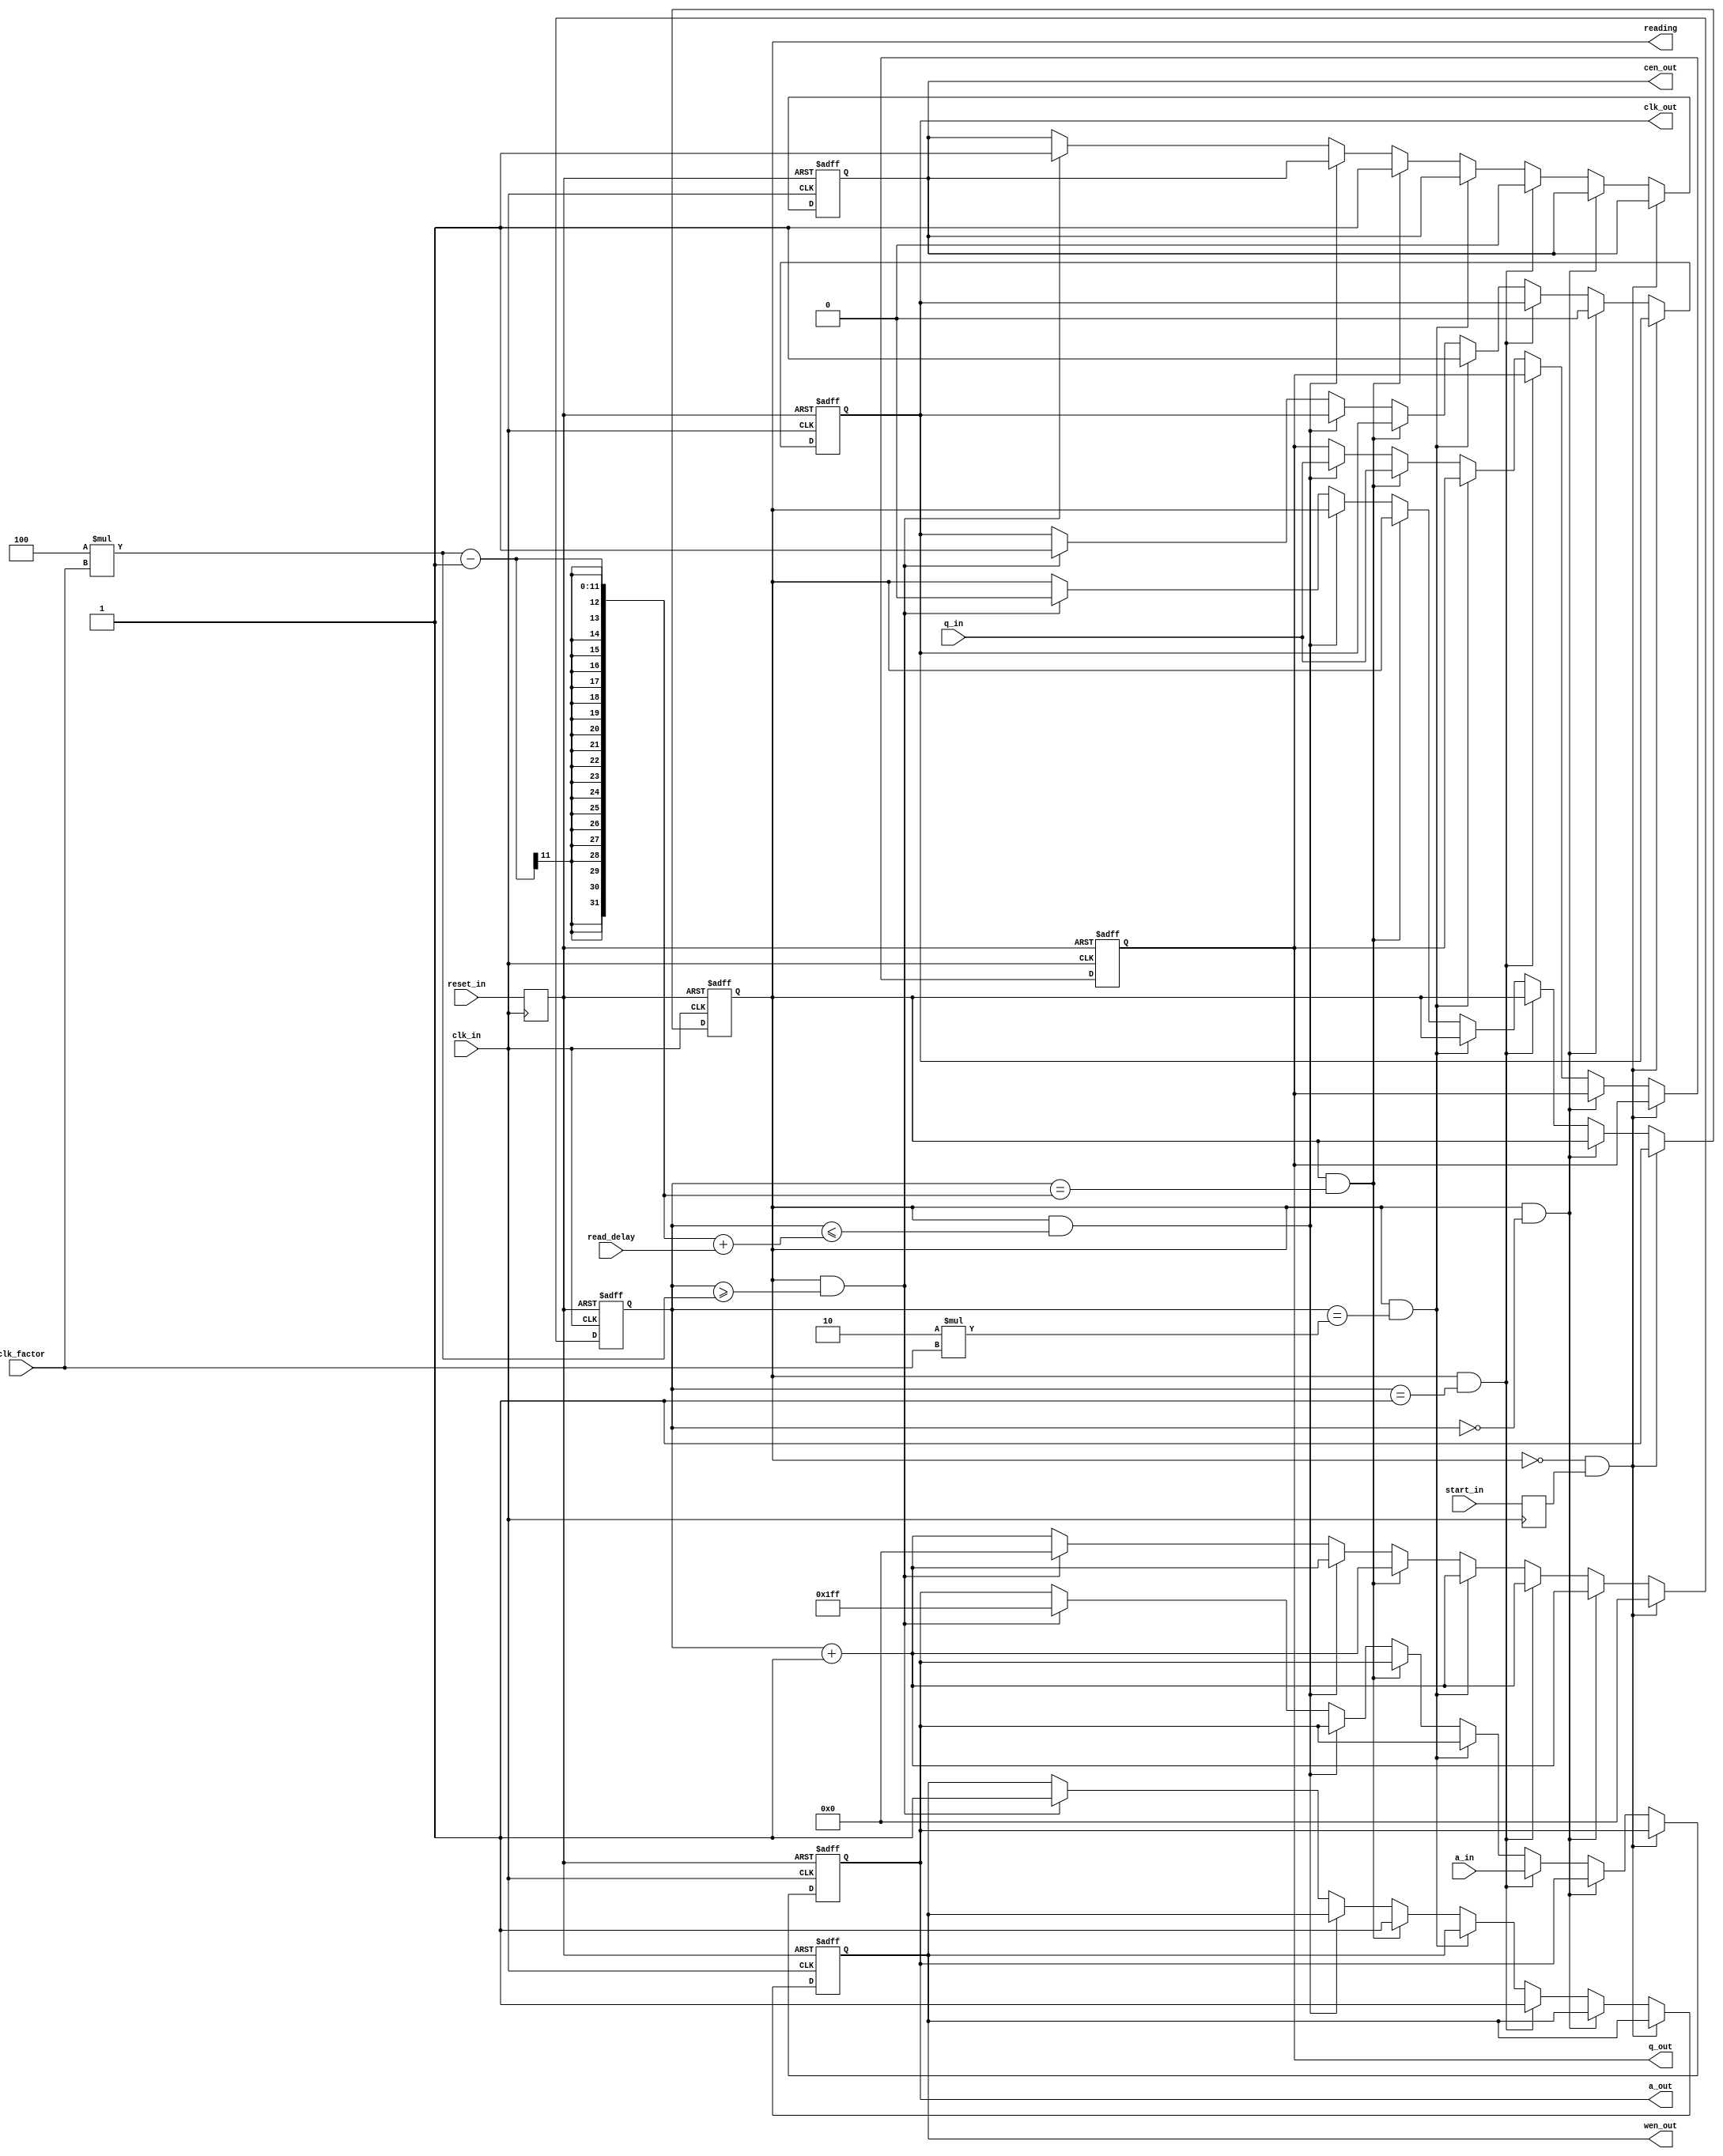
module ReadCycle (
    input [7:0] clk_factor, // delay period between actions (in clk_in ticks)
    input [7:0] read_delay, // delay between CEN go high and latch read bits
    input clk_in, // Internal clk (100MHz)
    input reset_in, // Global reset (active low)
    input start_in, // Single tick pulse from button
    input [8:0] a_in, // 9-bit read address (from fpga)
    input [7:0] q_in, // 8-bit read value (from SRAM)
    output clk_out, // Clk for SRAM
    output cen_out, // Chip enable for SRAM
    output wen_out, // Bitmask enable for SRAM
    output [8:0] a_out, // 9-bit read address (for SRAM)
    output [7:0] q_out, // 8-bit read value (for fpga)
    output reading // high if currently reading from SRAM
    );
    // Register inputs
    //
    reg reset = 1'b1;
    reg start = 1'b0;
    always @ (posedge clk_in) begin
        reset = reset_in;
        start = start_in;
    end
    
    // Counter for delay
    reg [7:0] counter = 8'b0;
    // Cycle running
    reg cycle = 1'b0;
    // internal registers for sending to sram
    reg clk = 1'b1;
    reg cen = 1'b1;
    reg wen = 1'b1;
    reg [8:0] a = 9'hfff;
    reg [7:0] q = 8'hff;
    always @ (posedge clk_in or posedge reset) begin
        // reset
        if (reset) begin
            counter <= 'd0;
            cycle <= 1'b0;
            clk <= 1'b1;
            cen <= 1'b1;
            wen <= 1'b1;
            a = 9'hfff;
            q = 8'hff;
        end
        else
        // start cycle
        if (~cycle & start) begin
            counter <= 1'b0;
            cycle <= 1'b1;
        end
        else
        // inside of cycle
        if (cycle & counter == 0) begin
            clk <= 1'b0;
            counter <= counter + 1;
        end
        else
        if (cycle & counter == 1) begin
            cen <= 1'b0;
            wen <= 1'b1;
            a <= a_in;
            counter <= counter + 1;
        end
        else
        if (cycle & counter == 2*clk_factor) begin
            clk <= 1'b1;
            counter <= counter + 1;
        end
        else
        if (cycle & counter == 4*clk_factor-1) begin
            cen <= 1'b1;
            wen <= 1'b1;
            q <= q_in;
            counter <= counter + 1;
        end
        else
        // add a few tick delay to account for level translator / chip loading
        if (cycle & (counter <= 4*clk_factor - 1 + read_delay) ) begin
            q <= q_in;
            counter <= counter + 1;
        end
        else
        // end of cycle
        if (cycle & counter >= 4*clk_factor) begin
            cycle <= 1'b0;
            counter <= 0;
            clk <= 1'b1;
            cen <= 1'b1;
            wen <= 1'b1;
            a <= 9'hfff;
        end
        // always tick counter
        else begin
            counter <= counter + 1;
        end     
     end
    
    // Output
    assign clk_out = clk;
    assign cen_out = cen;
    assign wen_out = wen;
    assign a_out = a;
    assign q_out = q;
    assign reading = cycle;
endmodule